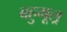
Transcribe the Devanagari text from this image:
बहुमूल्र